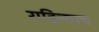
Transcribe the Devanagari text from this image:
राहिल्याच